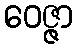
ဝေဇ္ဇာ